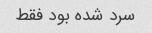
سرد شده بود فقط